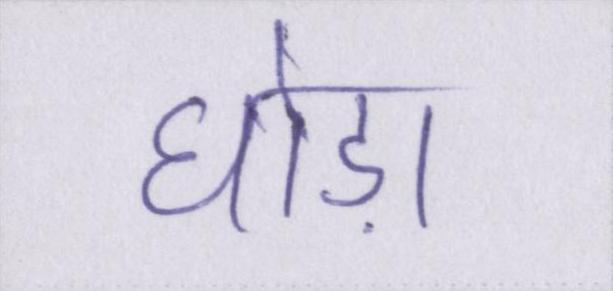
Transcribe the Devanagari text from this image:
घोड़ा